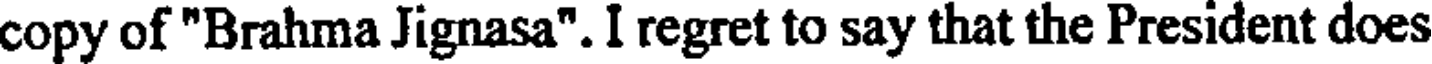
copy of "Brahma Jignasa". I regret to say that the President does